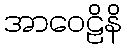
အာဝေဠိနိ